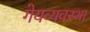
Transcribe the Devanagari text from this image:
गेयव्यवस्था